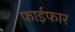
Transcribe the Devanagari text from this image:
फाईफार